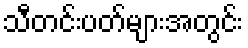
သီတင်းပတ်များအတွင်း